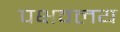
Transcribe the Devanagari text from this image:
पक्षवलय